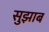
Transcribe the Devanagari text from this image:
सुझाब